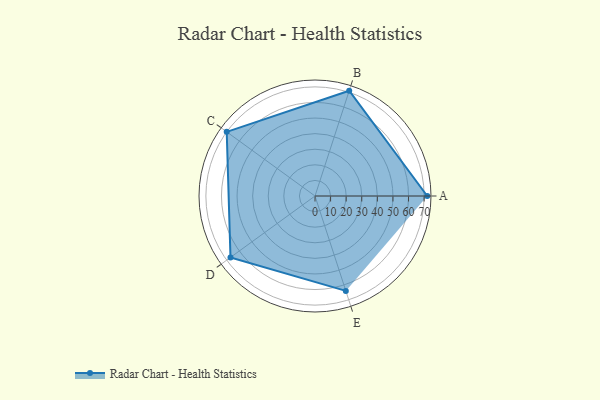
{"axis": {"x": "Skill", "y": "Score"}, "legend": ["Profile"], "data": [{"x": "A", "y": 72.0, "type": "Profile"}, {"x": "B", "y": 71.0, "type": "Profile"}, {"x": "C", "y": 70.0, "type": "Profile"}, {"x": "D", "y": 67.0, "type": "Profile"}, {"x": "E", "y": 64.0, "type": "Profile"}]}